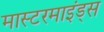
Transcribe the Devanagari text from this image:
मास्टरमाइंड्स